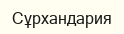
Сұрхандария